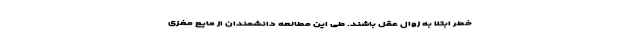
خطر ابتلا به زوال عقل باشند. طی این مطالعه دانشمندان از مایع مغزی